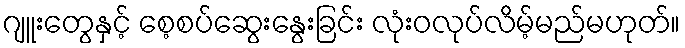
ဂျူးတွေနှင့် စေ့စပ်ဆွေးနွေးခြင်း လုံးဝလုပ်လိမ့်မည်မဟုတ်။